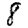
Digit: 8